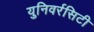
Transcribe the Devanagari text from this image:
युनिवर्रसिटी